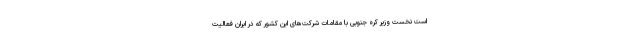
است نخست وزیر کره جنوبی با مقامات شرکت‌های این کشور که در ایران فعالیت